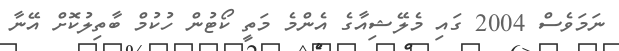
ނަމަވެސް 2004 ގައި މެލޭޝިއާގެ އެންމެ މަތީ ކޯޓުން ހުކުމް ބާތިލުކޮށް އޭނާ